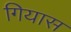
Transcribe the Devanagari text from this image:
गियास